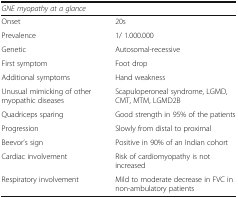
| <COLSPAN=2> GNE myopathy at a glance |
 | --- | --- |
 | Onset | 20s |
 | Prevalence | 1/ 1.000.000 |
 | Genetic | Autosomal-recessive |
 | First symptom | Foot drop |
 | Additional symptoms | Hand weakness |
 | Unusual mimicking of other myopathic diseases | Scapuloperoneal syndrome, LGMD, CMT, MTM, LGMD2B |
 | Quadriceps sparing | Good strength in 95% of the patients |
 | Progression | Slowly from distal to proximal |
 | Beevor’s sign | Positive in 90% of an Indian cohort |
 | Cardiac involvement | Risk of cardiomyopathy is not increased |
 | Respiratory involvement | Mild to moderate decrease in FVC in non-ambulatory patients |